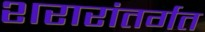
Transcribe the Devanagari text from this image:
शरारांतर्गत